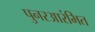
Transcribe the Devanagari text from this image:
पुनरआरंभित